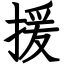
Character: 援